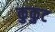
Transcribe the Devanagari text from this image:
कुकुट